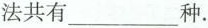
法共有___种。